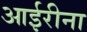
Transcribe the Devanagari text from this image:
आईरीना